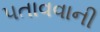
પતાવવાની